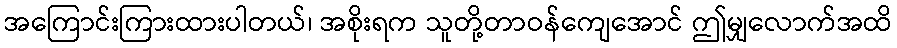
အကြောင်းကြားထားပါတယ်၊ အစိုးရက သူတို့တာဝန်ကျေအောင် ဤမျှလောက်အထိ